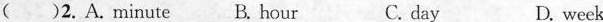
( )2. A. minute B. hour C. day D. week